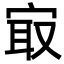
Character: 㝡